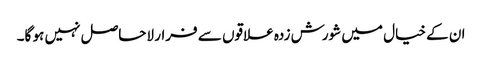
ان کے خیال میں شورش زدہ علاقوں سے فرار لاحاصل نہیں ہو گا۔